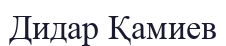
Дидар Қамиев